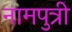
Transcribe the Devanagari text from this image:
नामपुत्री